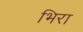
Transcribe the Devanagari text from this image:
भिरा